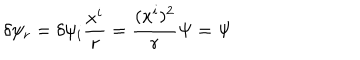
\delta \psi _ { r } = \delta \psi _ { i } { \frac { x ^ { i } } { r } } = { \frac { ( x ^ { i } ) ^ { 2 } } { r } } \Psi = \Psi